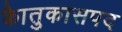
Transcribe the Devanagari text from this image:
काैतुकासपद